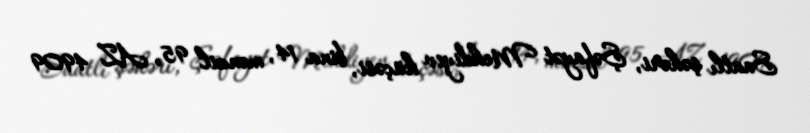
Saatlı şəhəri, Şəfayət Mehdiyev küçəsi, bina 14, mənzil 95, AZ 4909